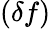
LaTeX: (\delta f)